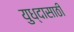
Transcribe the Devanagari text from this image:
युध्दासाठी